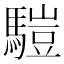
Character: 𩥉